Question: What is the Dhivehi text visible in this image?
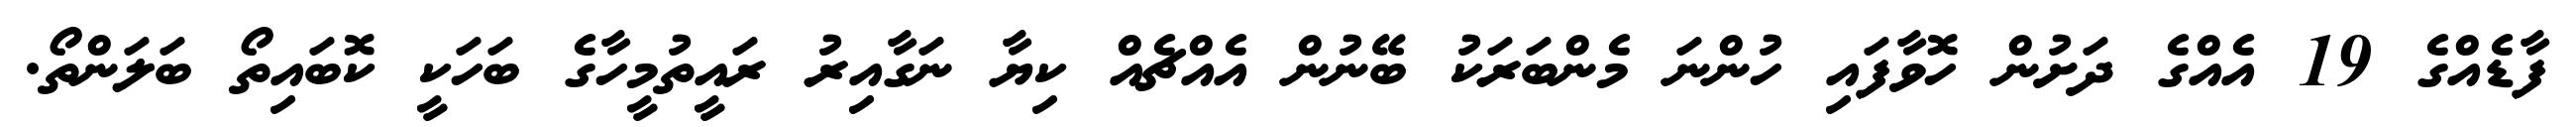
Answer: ފާޑެއްގެ 19 އެއްގެ ދަށުން ހޮވާފައި ހުންނަ މެންބަރަކު ބޭނުން އެއްޗެއް ކިޔާ ނަގާއިރު ރައީތުމީހާގެ ބަހަކީ ކޮބައިތޯ ބަލަންތޯ.